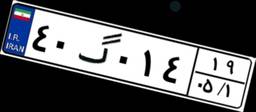
۷۹گ۰۴۸۸۱